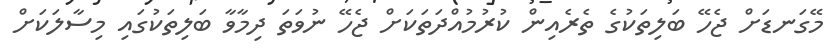
މޭގަނޑަށް ޖެހޭ ބަލިތަކުގެ ތެރެއިން ކުރުމުއްދަތަކަށް ޖެހޭ ނުވަތަ ދިމާވާ ބަލިތަކުގައި މިސާލަކަށް